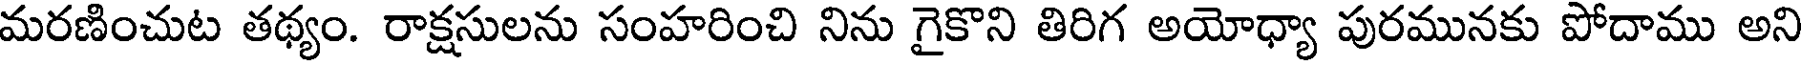
మరణించుట తథ్యం. రాక్షసులను సంహరించి నిను గైకొని తిరిగ అయోధ్యా పురమునకు పోదాము అని